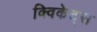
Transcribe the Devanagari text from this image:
क्विकेट्स